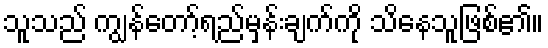
သူသည် ကျွန်တော့်ရည်မှန်းချက်ကို သိနေသူဖြစ်၏။